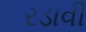
રડાવી